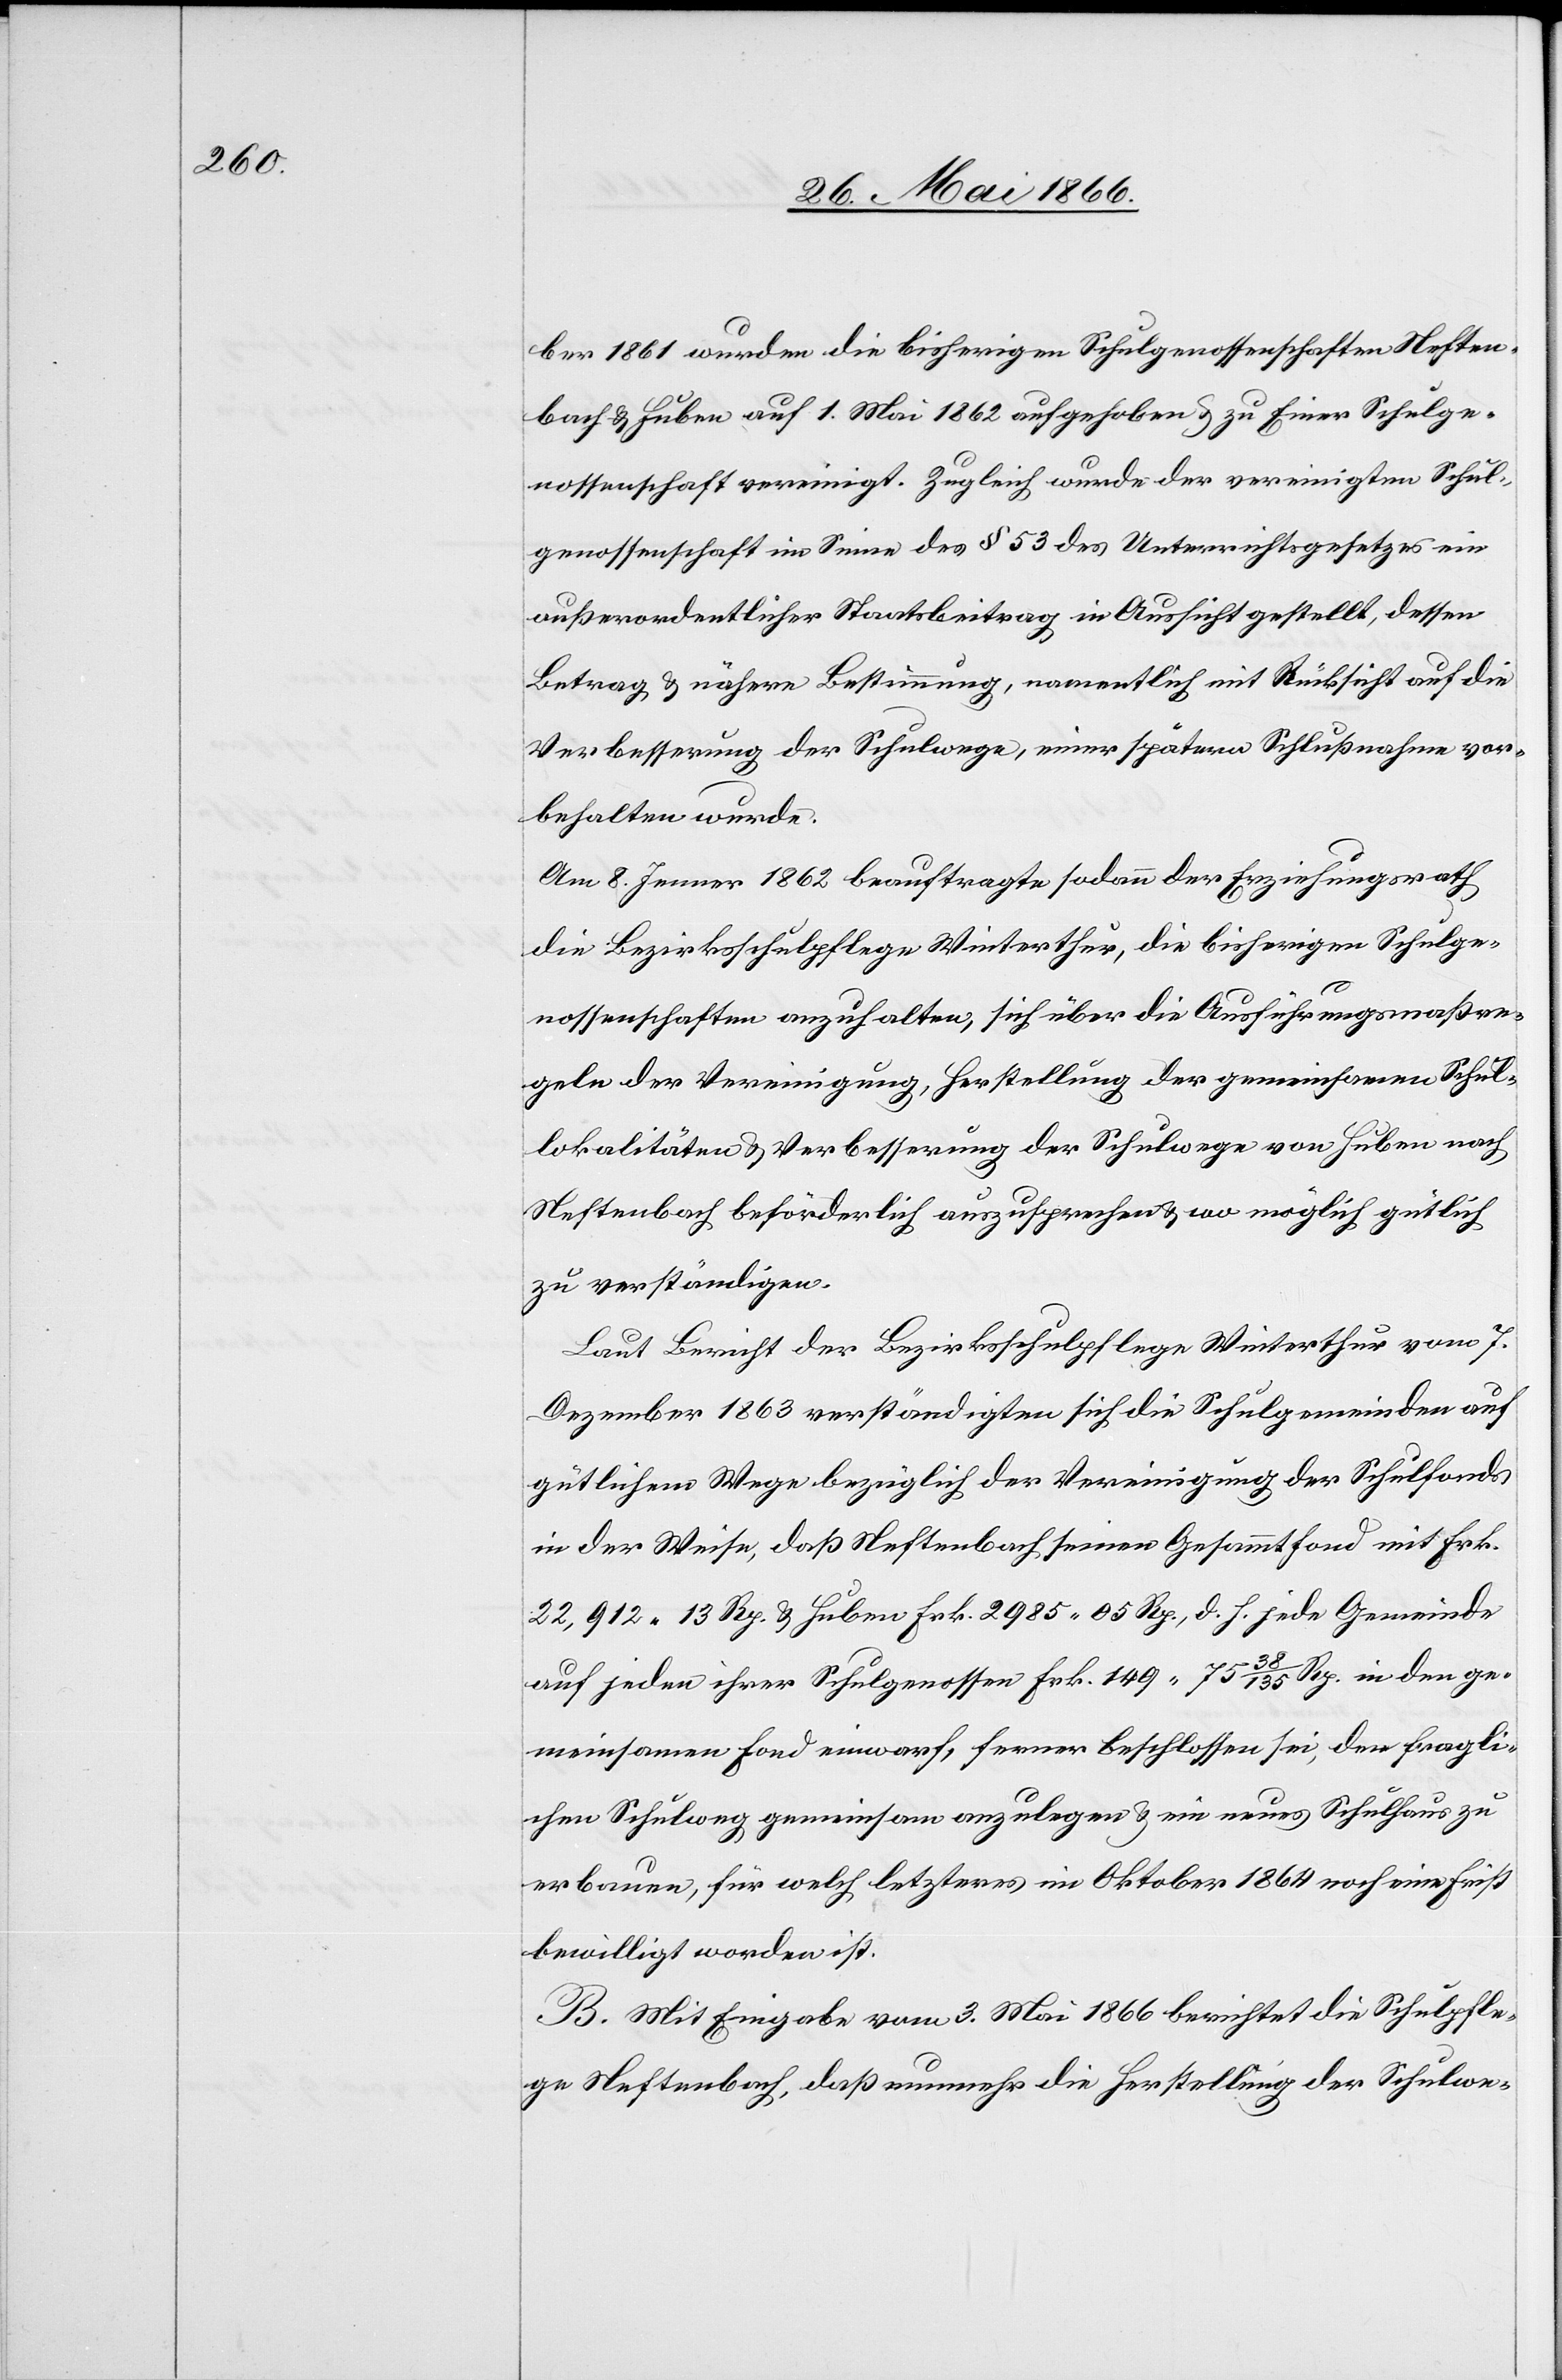
ber 1861 wurden die bisherigen Schulgenossenschaften Neften¬
bach u. Huben auf 1. Mai 1862 aufgehoben u. zu Einer Schulge¬
nossenschaft vereinigt. Zugleich wurde der vereinigten Schul¬
genossenschaft im Sinne des § 53 des Unterrichtsgesetzes ein
außerordentlicher Staatsbeitrag in Aussicht gestellt, dessen
Betrag u. nähere Bestimmung, namentlich mit Rücksicht auf die
Verbesserung der Schulwege, einer spätern Schlußnahme vor¬
behalten wurde.
Am 8. Jenner 1862 beauftragte sodann der Erziehungsrath
die Bezirksschulpflege Winterthur, die bisherigen Schulge¬
nossenschaften anzuhalten, sich über die Ausführungsmaßre¬
geln der Vereinigung, Herstellung der gemeinsamen Schul¬
lokalitäten u. Verbesserung der Schulwege von Huben nach
Neftenbach beförderlich auszusprechen u. wo möglich gütlich
zu verständigen.
Laut Bericht der Bezirksschulpflege Winterthur vom 7.
Dezember 1863 verständigten sich die Schulgemeinden auf
gütlichem Wege bezüglich der Vereinigung der Schulfonds
in der Weise, daß Neftenbach seinen Gesammtfond mit Frk.
22 912.13 Rp. u. Huben Fr. 2985.05 Rp., d. h. jede Gemeinde
auf jeden ihrer Schulgenossen Frk. 149.75 38/135 Rp. [sic!] in den ge¬
meinsamen Fond einwarf, ferner beschlossen sei, den fragli¬
chen Schulweg gemeinsam anzulegen u. ein neues Schulhaus zu
erbauen, für welch letzteres im Oktober 1864 noch eine Frist
bewilligt worden ist.
B. Mit Eingabe vom 3. Mai 1866 berichtet die Schulpfle¬
ge Neftenbach, daß nunmehr die Herstellung der Schulwe-